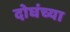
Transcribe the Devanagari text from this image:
दोघंच्या